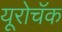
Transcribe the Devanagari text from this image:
यूरोचॅक